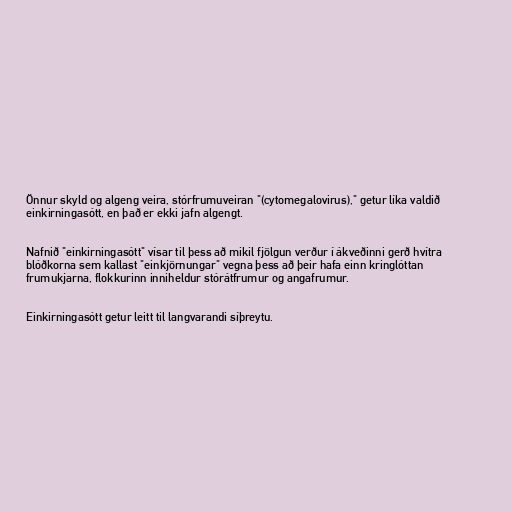
Önnur skyld og algeng veira, stórfrumuveiran "(cytomegalovirus)," getur líka valdið
einkirningasótt, en það er ekki jafn algengt.

Nafnið "einkirningasótt" vísar til þess að mikil fjölgun verður í ákveðinni gerð hvítra
blóðkorna sem kallast "einkjörnungar" vegna þess að þeir hafa einn kringlóttan
frumukjarna, flokkurinn inniheldur stórátfrumur og angafrumur.

Einkirningasótt getur leitt til langvarandi síþreytu.